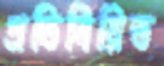
প্রতিনিয়িত